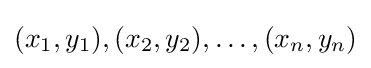
(x_{1},y_{1}),(x_{2},y_{2}),\ldots ,(x_{n},y_{n})